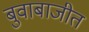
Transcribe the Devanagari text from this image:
बुवाबाजीत